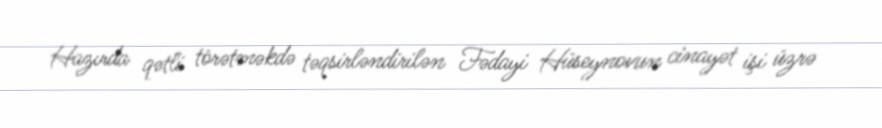
Hazırda qətli törətməkdə təqsirləndirilən Fədayi Hüseynovun cinayət işi üzrə